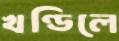
খণ্ডিলে